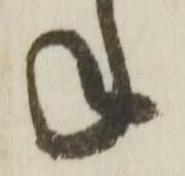
ね